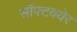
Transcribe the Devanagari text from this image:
सॉफ्टवयेर